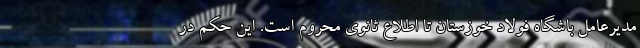
مدیرعامل باشگاه فولاد خوزستان تا اطلاع ثانوی محروم است. این حکم در